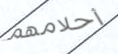
أحلامهم